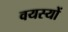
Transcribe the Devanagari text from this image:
वयस्यों